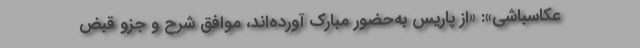
عکاسباشی»: «از پاریس به‌حضور مبارک آورده‌اند، موافقِ شرح و جزوِ قبضِ